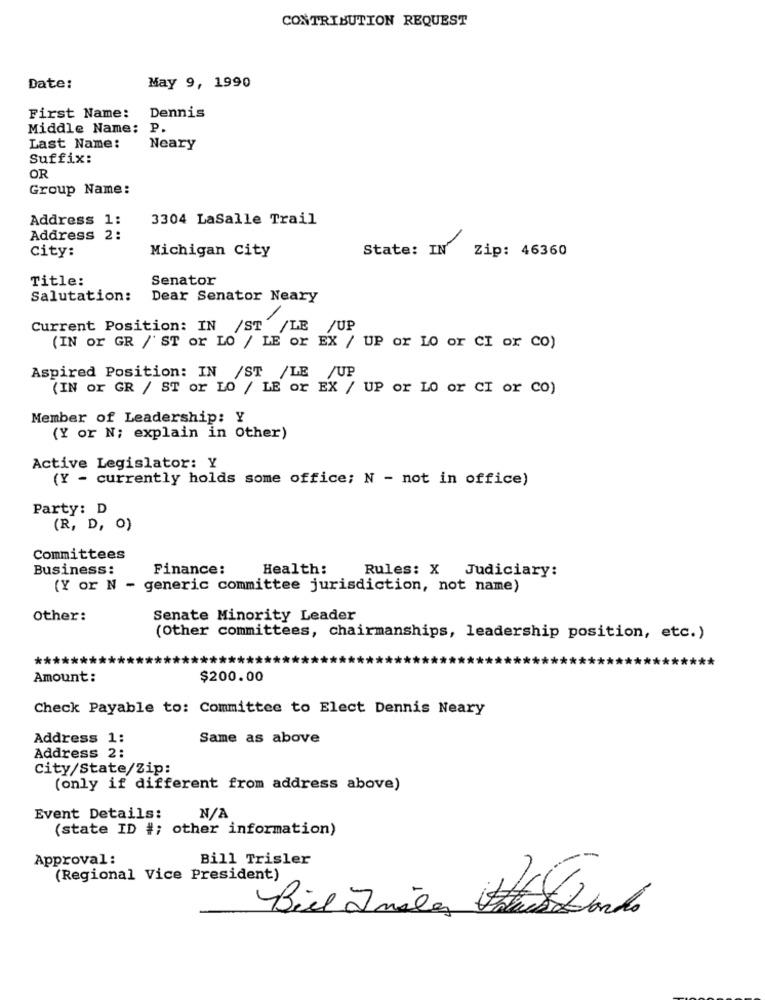
CONTRIBUTION REQUEST
May 9, 1990
Date:
First Name: Dennis
Middle Name: P.
Last Name:
Neary
Suffix:
OR
Group Name:
Address 1:
3304 LaSalle Trail
Address 2:
city:
Michigan City
State: IN
Zip: 46360
Title:
Senator
Salutation:
Dear Senator Neary
Current Position: IN /ST /LE /UP
(IN or GR /' ST or LO / LE or EX / UP or LO or CI or CO)
Aspired Position: IN /ST /LE /UP
(IN or GR / ST or LO / LE or EX / UP or LO
or
CI or CO)
Member of Leadership: Y
(Y or N; explain in Other)
Active Legislator: Y
(Y - currently holds some office; N - not in office)
Party: D
(R, D, O)
Committees
Business:
Finance:
Health:
Rules: X Judiciary:
(Y or N - generic committee jurisdiction, not name)
other:
Senate Minority Leader
(Other committees, chairmanships, leadership position, etc.)
******
Amount:
$200.00
Check Payable to: Committee to Elect Dennis Neary
Address 1:
Same as above
Address 2:
City/State/Zip:
(only if different from address above)
Event Details:
(state ID #; other information)
Approval:
Bill Trisler
(Regional Vice President)
Biel 2miles Thuset